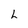
Character: h